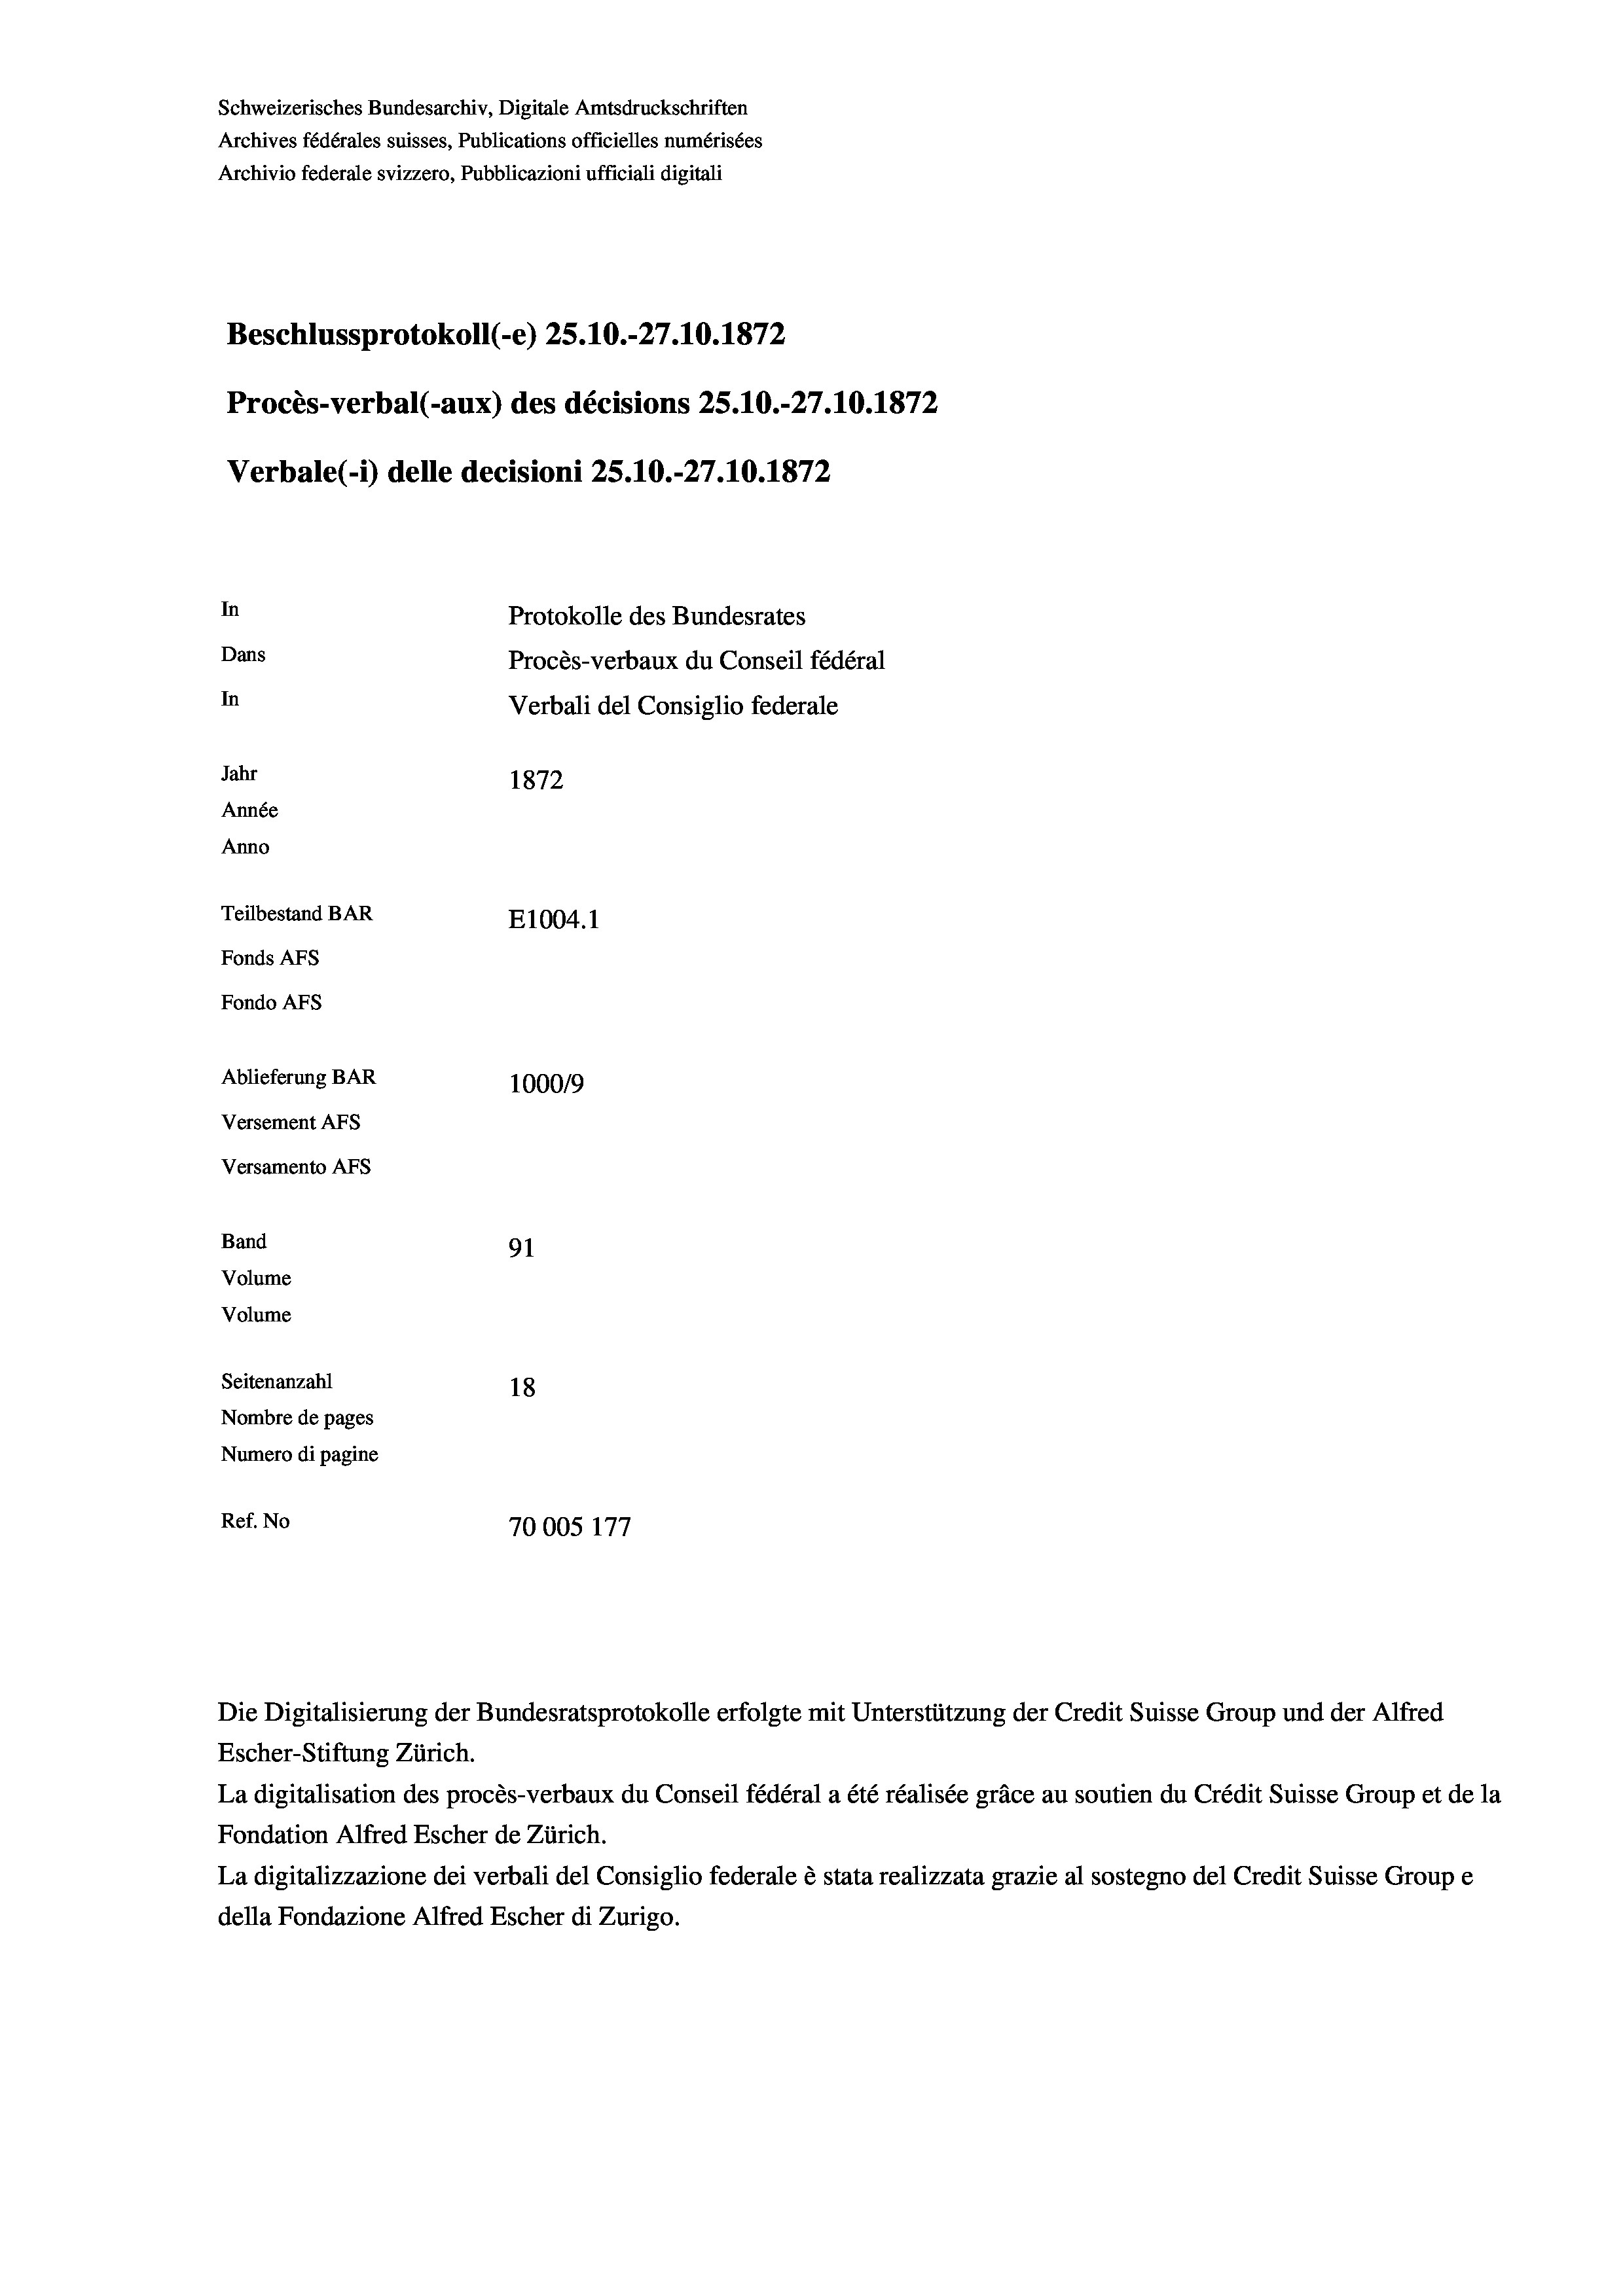
Schweizerisches Bundesarchiv, Digitale Amtsdruckschriften
Archives fédérales suisses, Publications officielles numérisées
Archivio federale svizzero, Pubblicazioni ufficiali digitali
Beschlussprotokoll (-e) 25.10.-27.10.1872
Procès-verbal (-aux) des décisions 25.10.-27.10.1872
Verbale(1) delle decisioni 25.10.-27.10.1872
In
Protokolle des Bundesrates
Dans
Procès-verbaux du Conseil fédéral
In
Verbali del Consiglio federale
Jahr
1872
Année
Anno
Teilbestand BAR
E1004. 1
Fonds AFs
Fondo Afs
Ablieferung BAR
100019
Versement AFs
Versamento Afs
Band
91
Volume
Volume
Seitenanzahl
18
Nombre de pages
Numero di pagine
Ref. No
70005 177

Die Digitalisierung der Bundesratsprotokolle erfolgte mit Unterstützung der Credit Suisse Group und der Alfred
Escher-Stiftung Zürich.
La digitalisation des procès-verbaux du Conseil fédéral a été réalisée gräce au soutien du Crédit Suisse Group et de la
Fondation Alfred Escher de Zürich.
La digitalizzazione dei verbali del Consiglio federale è stata realizzata grazie al sostegno del Credit Suisse Groupe
della Fondazione Alfred Escher di Zurigo.